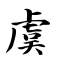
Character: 虞